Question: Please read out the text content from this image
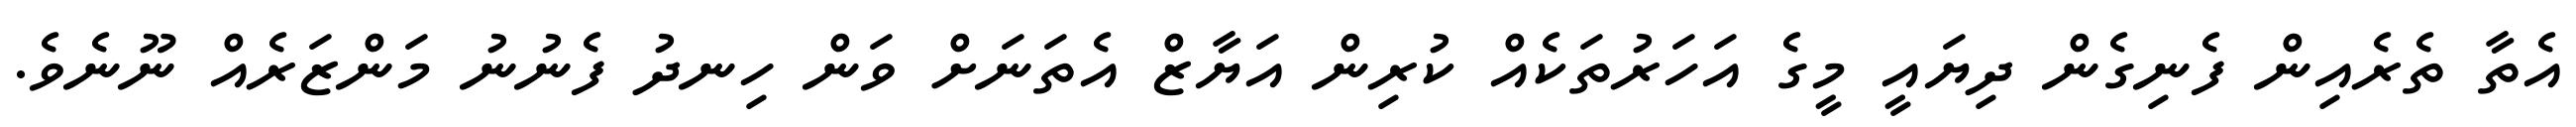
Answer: އެތާ ތެރެއިން ފެނިގެން ދިޔައީ މީގެ އަހަރުތަކެއް ކުރިން އަޔާޒް އެތަނަށް ވަން ހިނދު ފެނުނު މަންޒަރެއް ނޫނެވެ.